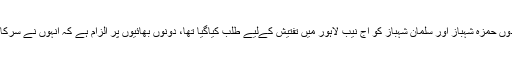
نیب ذرائع کے مطابق وزیر اعلیٰ پنجاب شہباز شریف کے صاحبزادوں حمزہ شہباز اور سلمان شہباز کو آج نیب لاہور میں تفتیش کےلیے طلب کیاگیا تھا، دونوں بھائیوں پر الزام ہے کہ انہوں نے سرکاری فنڈز سے چنیوٹ میں رمضان شوگر ملز کیلئے پل تعمیر کرایا۔